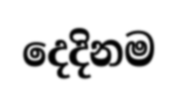
දෙදිනම